Vaccination in Bombay 1856-1862 - 1856-1862
Year: 1856
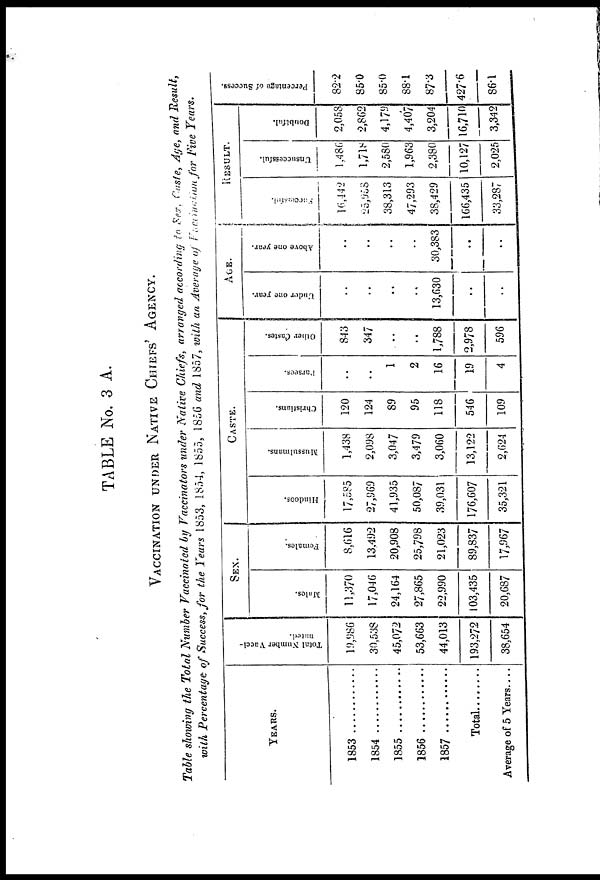
TABLE No. 3 A.
VACCINATION UNDER NATIVE CHIEFS' AGENCY.
Table showing the Total Number Vaccinated by Vaccinators under Native Chiefs, arranged according to Sex, Caste, Age, and Result,
with Percentage of Success, for the Years 1853, 1854, 1855, 1856 and 1857, with an Average of Vaccination for Five Years.
YEARS.
1853
1854
1855...........
1856..........
1857..........
Total
Average of 5 Years....
Total Number Vacci-
nated.
19,986
30,538
45,072
53,663
44,013
193,272
38,654
SEX.
Males.
11,370
17,046
24,164
27,865
22,990
103,435
20,687
Females.
8,616
13,492
20,908
25,798
21,023
89,837
17,967
CASTE.
Hindoos.
17,585
27,969
41,935
50,087
39,031
176,607
35,321
Mussulmans.
1,438
2,098
3,047
3,479
3,060
13,122
2,624
Christians.
120
124
89
95
118
546
109
Parsees.
..
..
1
2
16
19
4
Other Castes.
843
347
..
..
1,788
2,978
596
AGE.
Under one year.
..
..
..
..
13,630
..
..
Above one year.
..
..
..
..
30,383
..
..
RESULT.
successful.
16,442
25,958
38,313
47,293
38,429
166,435
33,287
Unsuccessful.
1,486
1,718
2,580
1,963
2,380
10,127
2,025
Doubtful.
2,05S
2,862
4,179
4,407
3,204
16,710
3,342
Percentage of Success.
82.2
85.0
85.0
88.1
87.3
427.6
86.1